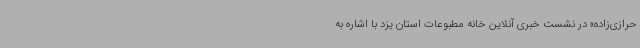
حرازی‌زاده» در نشست خبری آنلاین خانه مطبوعات استان یزد با اشاره به